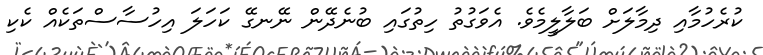
ކުރެހުމާއި ދިމާލަށް ބަލާލީމެވެ. އެވަގުތު ހިތުގައި ބުނެދޭން ނޭނގޭ ކަހަލަ އިހުސާސްތަކެއް ކެކި